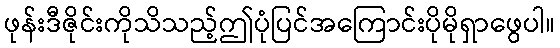
ဖုန်းဒီဇိုင်းကိုသိသည့်ဤပုံပြင်အကြောင်းပိုမိုရှာဖွေပါ။